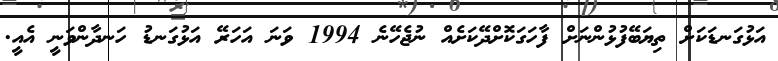
އަޅުގަނޑަކަށް ތިޔަބޭފުޅުންނަށް ފާހަގަކޮށްދޭކަށެއް ނުޖެހޭނެ 1994 ވަނަ އަހަރޭ އަޅުގަނޑު ހަނދާންވަނީ އެއީ.